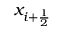
x _ { i + { \frac { 1 } { 2 } } }